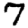
Digit: 7